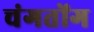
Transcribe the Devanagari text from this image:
चंगतोंग